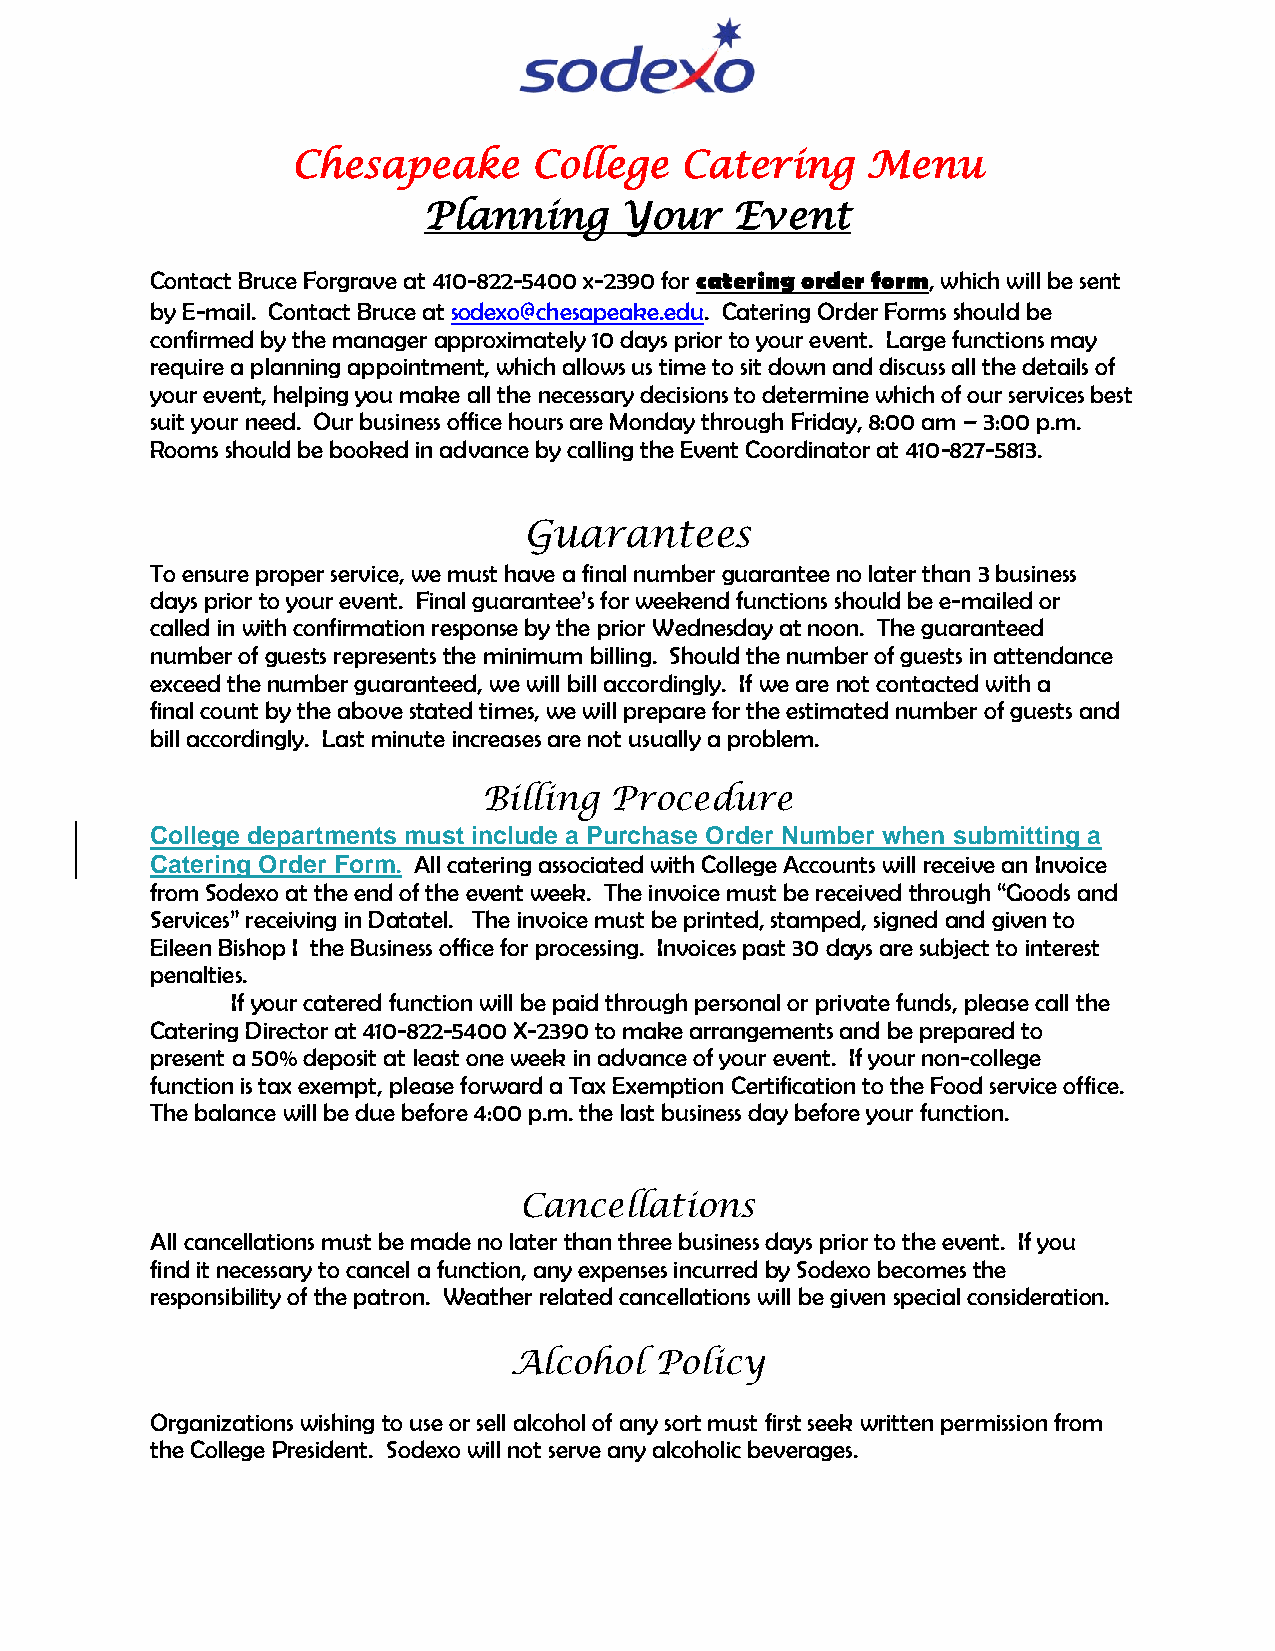
Chesapeake      College   Catering    Menu
 Planning     Your   Event
 Contact Bruce Forgrave at 410-822-5400 x-2390 for catering order form, which will be sent
 by E-mail. Contact Bruce at sodexo@chesapeake.edu. Catering Order Forms should be
 confirmed by the manager approximately 10 days prior to your event. Large functions may
 require a planning appointment, which allows us time to sit down and discuss all the details of
 your event, helping you make all the necessary decisions to determine which of our services best
 suit your need. Our business office hours are Monday through Friday, 8:00 am – 3:00 p.m.
 Rooms should be booked in advance by calling the Event Coordinator at 410-827-5813.
 Guarantees
 To ensure proper service, we must have a final number guarantee no later than 3 business
 days prior to your event. Final guarantee’s for weekend functions should be e-mailed or
 called in with confirmation response by the prior Wednesday at noon. The guaranteed
 number of guests represents the minimum billing. Should the number of guests in attendance
 exceed the number guaranteed, we will bill accordingly. If we are not contacted with a
 final count by the above stated times, we will prepare for the estimated number of guests and
 bill accordingly. Last minute increases are not usually a problem.
 Billing Procedure
 College departments must include a Purchase Order Number when submitting a
 Catering Order Form. All catering associated with College Accounts will receive an Invoice
 from Sodexo at the end of the event week. The invoice must be received through “Goods and
 Services” receiving in Datatel. The invoice must be printed, stamped, signed and given to
 Eileen Bishop I the Business office for processing. Invoices past 30 days are subject to interest
 penalties.
 If your catered function will be paid through personal or private funds, please call the
 Catering Director at 410-822-5400 X-2390 to make arrangements and be prepared to
 present a 50% deposit at least one week in advance of your event. If your non-college
 function is tax exempt, please forward a Tax Exemption Certification to the Food service office.
 The balance will be due before 4:00 p.m. the last business day before your function.
 Cancellations
 All cancellations must be made no later than three business days prior to the event. If you
 find it necessary to cancel a function, any expenses incurred by Sodexo becomes the
 responsibility of the patron. Weather related cancellations will be given special consideration.
 Alcohol  Policy
 Organizations wishing to use or sell alcohol of any sort must first seek written permission from
 the College President. Sodexo will not serve any alcoholic beverages.